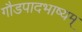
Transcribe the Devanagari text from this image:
गौडपादभाष्‍यम्